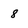
Character: 8